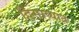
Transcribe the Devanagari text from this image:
दिसाव्यात